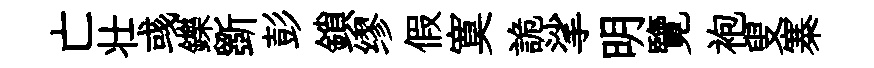
亡壮彧鑠斵彭鎖缪假寞詭挲明覽袍叟寨